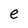
Character: e